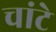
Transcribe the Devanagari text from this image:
चांटे